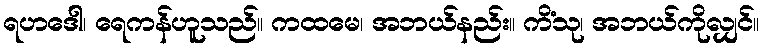
ရဟဒေါ၊ ရေကန်ဟူသည်။ ကထမေ၊ အဘယ်နည်း။ ကိံသု၊ အဘယ်ကိုလျှင်။